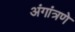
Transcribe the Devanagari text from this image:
अंगांत्रणे